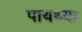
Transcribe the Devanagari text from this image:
पायथ्या